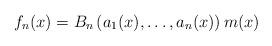
LaTeX: \begin{align*} f_{n}(x)=B_{n}\left(a_{1}(x), \ldots, a_{n}(x)\right)m(x) \end{align*}